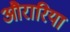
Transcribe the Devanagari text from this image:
औरारिया